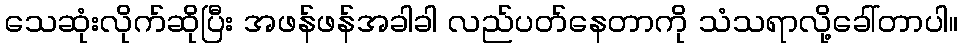
သေဆုံးလိုက်ဆိုပြီး အဖန်ဖန်အခါခါ လည်ပတ်နေတာကို သံသရာလို့ခေါ်တာပါ။